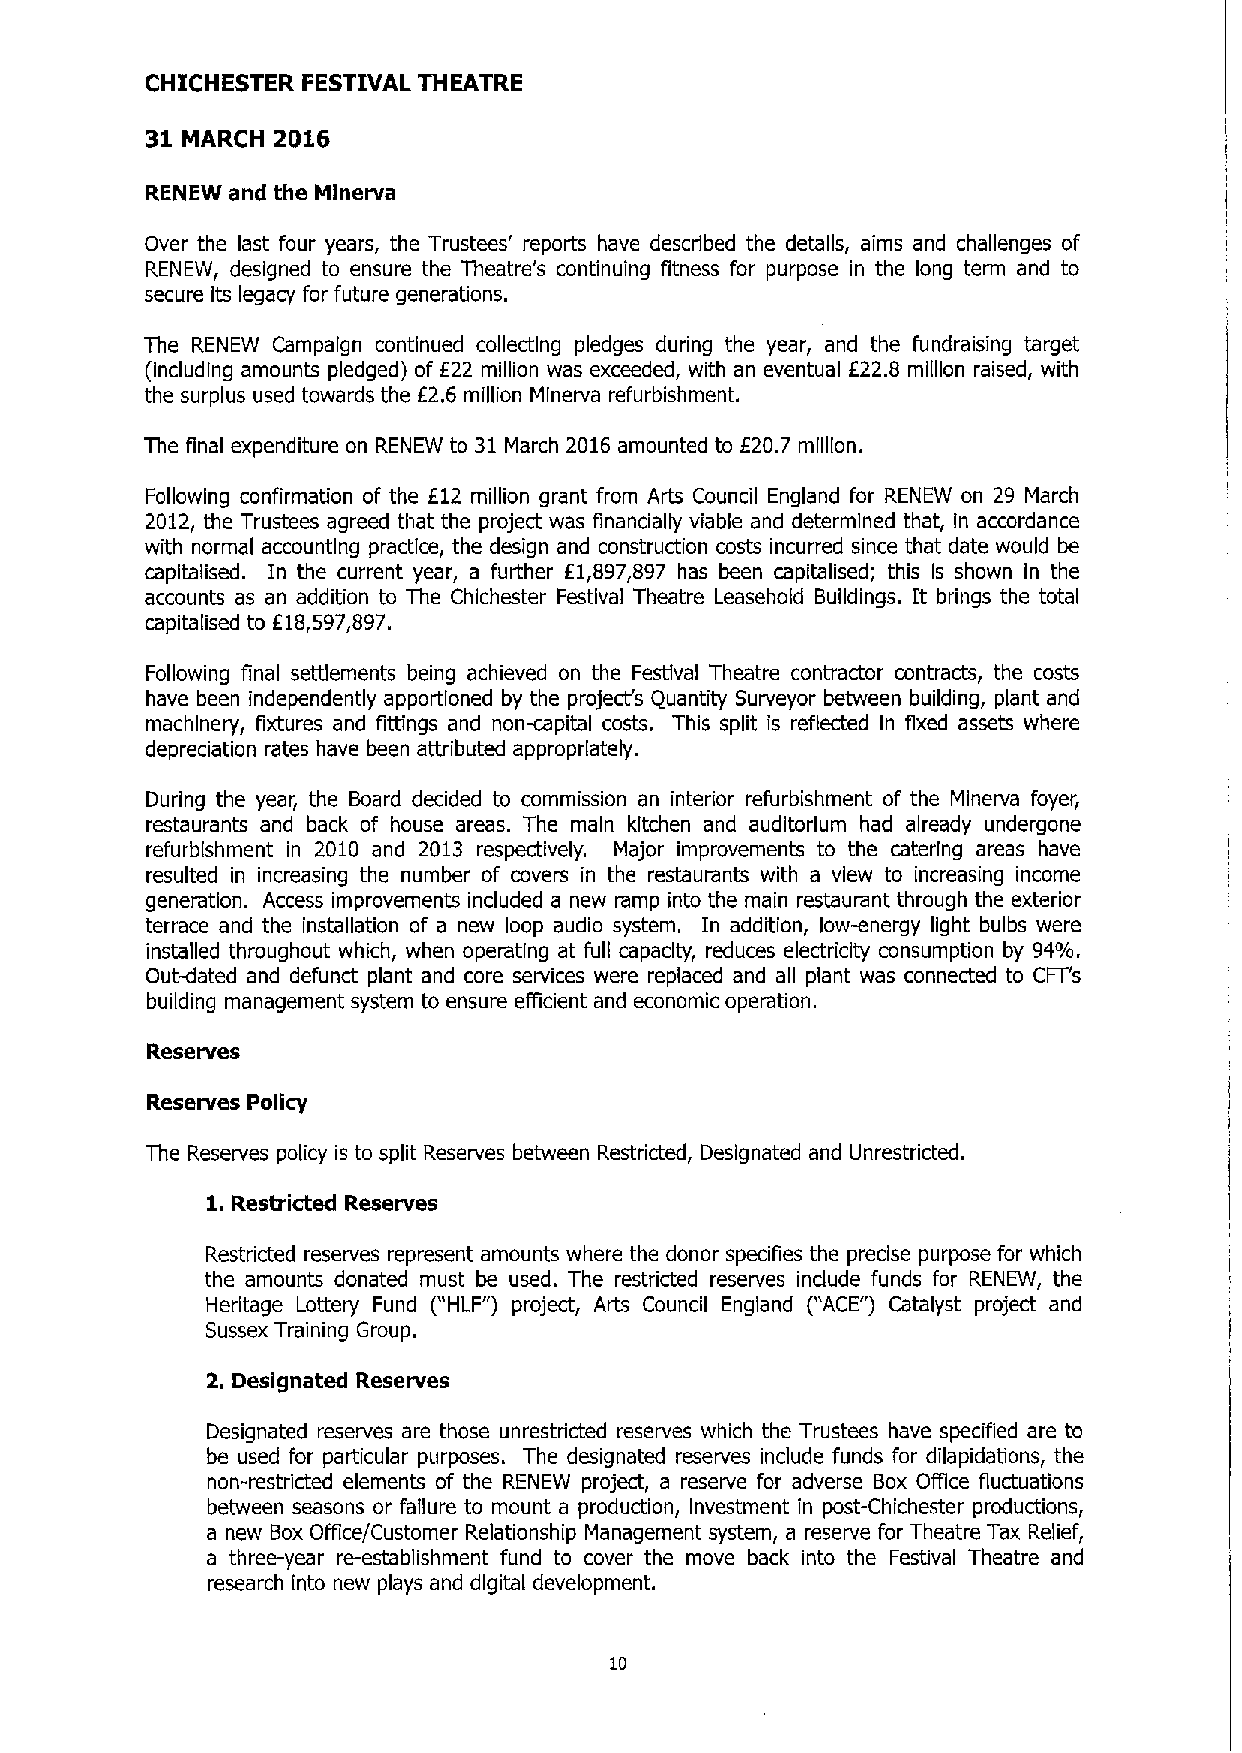
CHICHESTER FESTIVAL THEATRE
 31      2016
 MARCH
 RENEW and the Minerva
 Over the last four years, the Trustees' reports have described the details, aims and challenges of
 RENEW, designed to ensure the Beatre's continuing fitness for purpose in the long term and to
 secure Its legacy for future generations.
 The RENEW Campaign continued collecting pledges during the year, and the fundraising target
 (including amounts pledged) of 622 million was exceeded, with an eventual E22.8 million raised, with
 the surplus used towards the 82.6 million Minerva refurbishment.
 Be final expenditure on RENEW to 31March 2016 amounted to 820.7 million.
 Following confirmation of the 612 million grant from Arts Council England for RENEW on 29 March
 2012, the Trustees agreed that the project was financially viable and determined that, in accordance
 with normal accounting practice, the design and construction costs incurred since that date would be
 capltalised. In the current year, a further 61,897,897 has been capitalised; this Is shown In the
 accounts as an addition to The Chichester Festival Theatre Leasehold Buildings. lt brings the total
 capitalised to 818,697,897.
 Following final settlements being achieved on the Festival Theatre contractor contracts, the costs
 have been independently apportioned by the project's Quantity Surveyor between building, plant and
 machinery, fixtures and fittings and non-capital costs. This split is reflected In fixed assets where
 depreciation rates have been attributed appropriately.
 During the year, the Board decided to commission an interior refurbishment of the Minerva foyer,
 restaurants and back of house areas. The main kitchen and auditorium had already undergone
 refurbishment in 2010 and 2013 respectively. Major improvements to the catering areas have
 resulted in increasing the number of covers in the restaurants with a view to increasing income
 generation. Access improvements included a new ramp into the main restaurant through the exterior
 terrace and the installation of a new loop audio system. In addition, low-energy light bulbs were
 installed throughout which, when operating at full capacity, reduces electricity consumption by 94%.
 Out-dated and defunct plant and core services were replaced and all plant was connected to CFT's
 building management system to ensure efficient and economic operation.
 Reserves
 Reserves Policy
 The Reserves policy is to split Reserves between Restricted, Designated and Unrestricted.
 1.Restricted Reserves
 Restricted reserves represent amounts where the donor specifies the precise purpose for which
 the amounts donated must be used. The restricted reserves indude funds for RENEW, the
 Heritage Lottery Fund ("HLF") project, Arts Council England ("ACE") Catalyst project and
 Sussex Training Group.
 2. Designated Reserves
 Designated reserves are those unrestricted reserves which the Trustees have specified are to
 be used for particular purposes. The designated reserves include funds for dilapidations, the
 non-restricted elements of the RENEW project, a reserve for adverse Box Office fluctuations
 between seasons or failure to mount a production, Investment in post-Chichester productions,
 a new Box Office/Customer Relationship Management system, a reserve for Theatre Tax Relief,
 a three-year re-establishment fund to cover the move back into the Festival Theatre and
 research into new plays and digital development.
 10